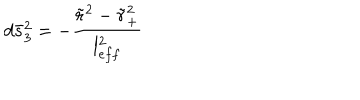
d \bar { s } _ { 3 } ^ { 2 } = - \frac { \tilde { r } ^ { 2 } - \tilde { r } _ { + } ^ { 2 } } { l _ { e f f } ^ { 2 } }